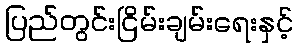
ပြည်တွင်းငြိမ်းချမ်းရေးနှင့်